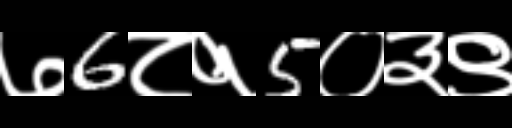
Text: ७6८१5०३९